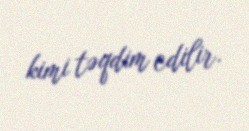
kimi təqdim edilir.